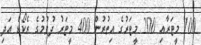
100 މީޓަރާއި 200 މީޓަރުގެ އިތުރުން 400 މީޓަރު ދުވުމުގެ ރެކޯޑް އަދި